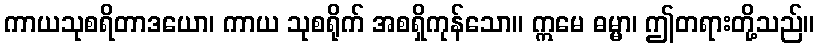
ကာယသုစရိတာဒယော၊ ကာယ သုစရိုက် အစရှိကုန်သော။ ဣမေ ဓမ္မာ၊ ဤတရားတို့သည်။